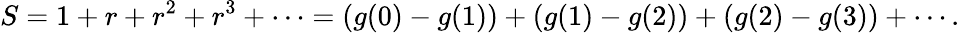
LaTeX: S=1+r+r^{2}+r^{3}+\cdots=(g(0)-g(1))+(g(1)-g(2))+(g(2)-g(3))+\cdots.